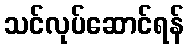
သင်လုပ်ဆောင်ရန်